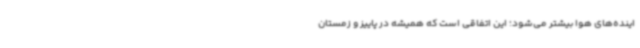
اینده‌های هوا بیشتر می‌شود؛ این اتفاقی است که همیشه در پاییز و زمستان